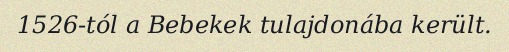
1526-tól a Bebekek tulajdonába került.